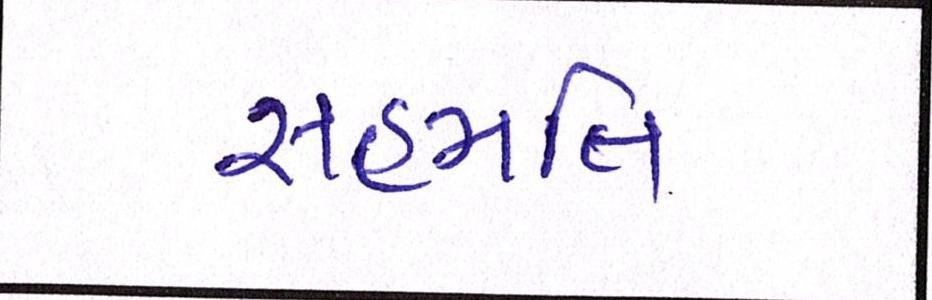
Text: સહમતિ